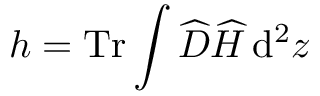
h = \operatorname { T r } \int \widehat { \cal D } \widehat { H } \, \mathrm { d } ^ { 2 } z